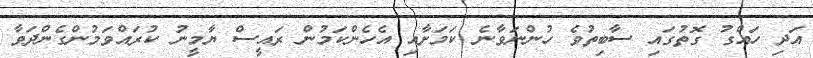
އަދި ހައްގު ގޮތުގައި ސާބިތުވެ ހުންނަވާނެ ކަމަށާއި އެހެންކަމުން ރައީސް ޔާމީނު ކުރައްވަމުންގެންދަވާ